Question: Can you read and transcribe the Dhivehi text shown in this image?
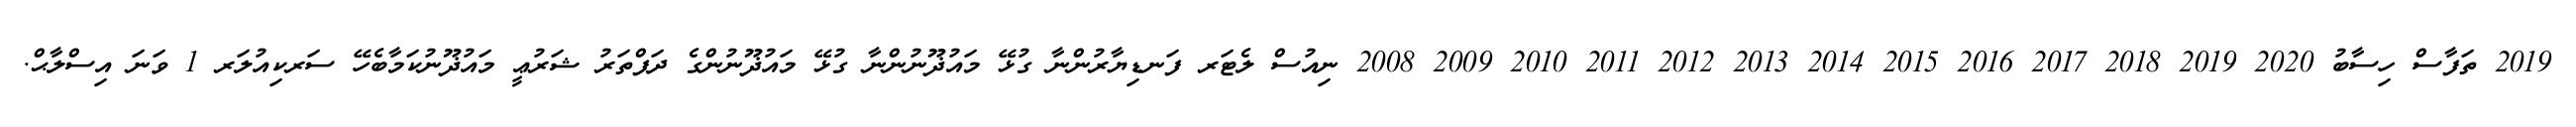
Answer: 2019 ތަފާސް ހިސާބު 2020 2019 2018 2017 2016 2015 2014 2013 2012 2011 2010 2009 2008 ނިއުސް ލެޓަރ ފަނޑިޔާރުންނާ ގުޅޭ މައުޛޫނުންނާ ގުޅޭ މައުޛޫނުންގެ ދަފްތަރު ޝަރުޢީ މައުޛޫނުކަމާބެހޭ ސަރކިއުލަރ 1 ވަނަ އިސްލާޙް.